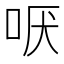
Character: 𫩫